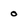
Character: o